Annual report on the Civil Veterinary Department, Burma (including the Insein Veterinary School) - 1910-1922
Year: 1910
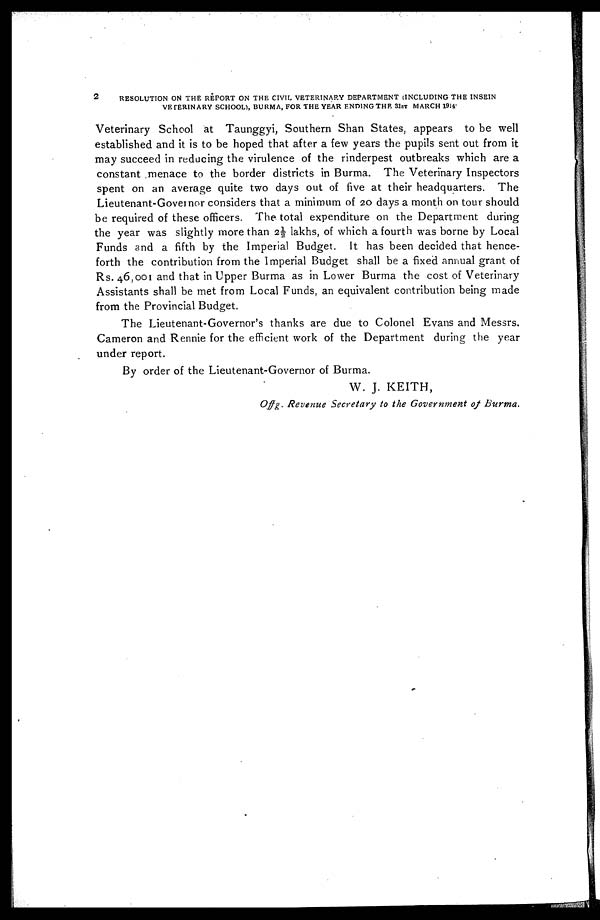
2
RESOLUTION ON THE REPORT ON THE CIVIL VETERINARY DEPARTMENT (INCLUDING THE INSEIN
VETERINARY SCHOOL), BURMA, FOR THE YEAR ENDING THE 31ST MARCH 1914.
Veterinary School at Taunggyi, Southern Shan States, appears to be well
established and it is to be hoped that after a few years the pupils sent out from it
may succeed in reducing the virulence of the rinderpest outbreaks which are a
constant menace to the border districts in Burma. The Veterinary Inspectors
spent on an average quite two days out of five at their headquarters. The
Lieutenant-Governor considers that a minimum of 20 days a month on tour should
be required of these officers. The total expenditure on the Department during
the year was slightly more than 2½ lakhs, of which a fourth was borne by Local
Funds and a fifth by the Imperial Budget. It has been decided that hence-
forth the contribution from the Imperial Budget shall be a fixed annual grant of
Rs. 46,001 and that in Upper Burma as in Lower Burma the cost of Veterinary
Assistants shall be met from Local Funds, an equivalent contribution being made
from the Provincial Budget.
The Lieutenant-Governor's thanks are due to Colonel Evans and Messrs.
Cameron and Rennie for the efficient work of the Department during the year
under report.
By order of the Lieutenant-Governor of Burma.
W. J. KEITH,
Offg. Revenue Secretary to the Government of Burma.